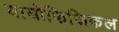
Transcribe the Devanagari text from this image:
बायोफिज़िकल